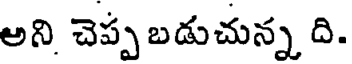
అని చెప్ప బడుచున్న ది.